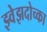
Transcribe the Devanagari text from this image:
झ्वेझदोच्का